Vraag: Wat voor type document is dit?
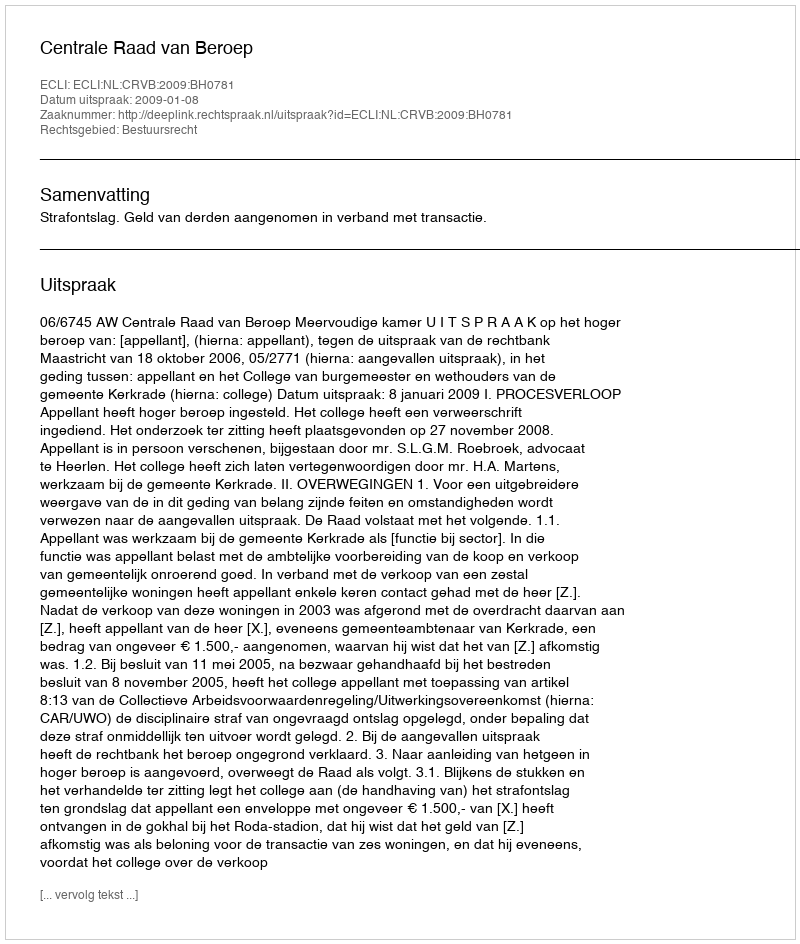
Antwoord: Uitspraak